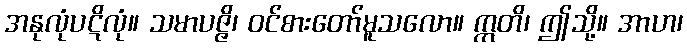
အနုလုံပဋိလုံ။ သမာပဇ္ဇိ၊ ဝင်စားတော်မူသလော။ ဣတိ၊ ဤသို့။ အာဟ၊